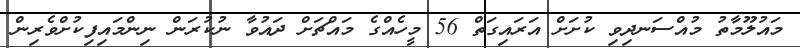
މައުލޫމާތު މުއްސަނދިވި ކުށަށް އަރައިގަތް 56 މީހެއްގެ މައްޗަށް ދައުވާ ނުކުރަން ނިންމައިފިކުށްވެރިން